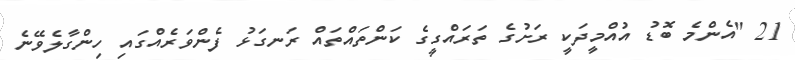
21 "އެންމެ ބޮޑު އުއްމީދަކީ ރަށުގެ ތަރައްގީގެ ކަންތައްތައް ރަނގަޅު ފެންވަރެއްގައި ހިންގާލެވޭނެ